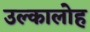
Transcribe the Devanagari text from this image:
उल्कालोह